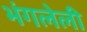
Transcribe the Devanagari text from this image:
भंगलेली